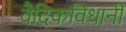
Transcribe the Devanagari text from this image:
वैदिकविधानीं